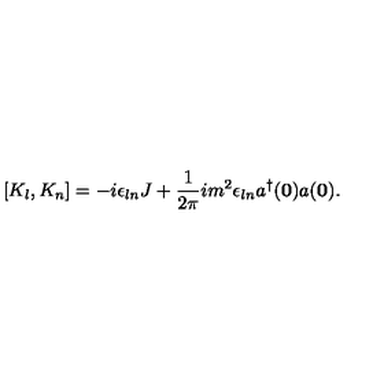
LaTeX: [ K _ { l } , K _ { n } ] = - i \epsilon _ { l n } J + \frac { 1 } { 2 \pi } i m ^ { 2 } \epsilon _ { l n } a ^ { \dagger } ( { \bf 0 } ) a ( { \bf 0 } ) .